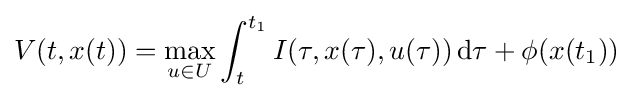
V(t,x(t))=\max _{u\in U}\int _{t}^{t_{1}}I(\tau ,x(\tau ),u(\tau ))\,\mathrm {d} \tau +\phi (x(t_{1}))